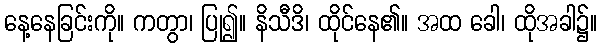
နေ့နေခြင်းကို။ ကတွာ၊ ပြု၍။ နိသီဒိ၊ ထိုင်နေ၏။ အထ ခေါ၊ ထိုအခါ၌။